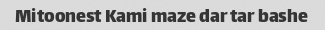
Mitoonest Kami maze dar tar bashe